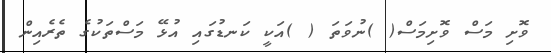
ވޮށި މަސް ވޮށިމަސް( )ނުވަތަ ( )އަކީ ކަނޑުގައި އުޅޭ މަސްތަކުގެ ތެރެއިން